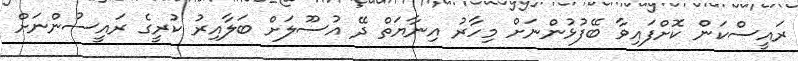
ރައީސްކަން ކޮށްފައިވާ ބޭފުޅުންނަށް މިހާރު އިނާޔަތް ދޭ އުސޫލަށް ބަލާއިރު ކުރީގެ ރައީސުންނަށް